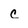
Character: C